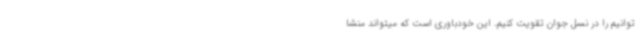
توانیم را در نسل جوان تقویت کنیم. این خودباوری است که میتواند منشا